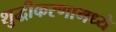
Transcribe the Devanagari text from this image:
शुद्धीकरणामध्ये